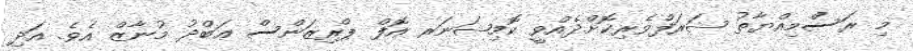
މި ރަސްމިއްޔާތު ޝަރަފްވެރިކޮށްދެއްވީ ކޮމިޝަނަރ އޮފް ޕްރިޒަންސް ޢަބްދު މުނާޒް އެވެ. އަދި